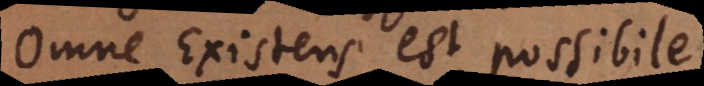
Omne Existens est possibile.